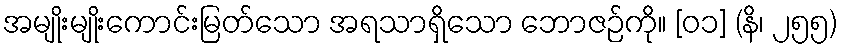
အမျိုးမျိုးကောင်းမြတ်သော အရသာရှိသော ဘောဇဉ်ကို။ [၀၁] (နိ၊ ၂၅၅)